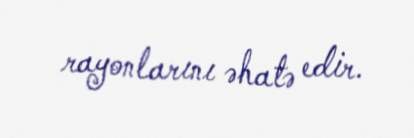
rayonlarını əhatə edir.